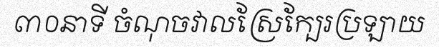
៣០នាទី ចំណុចវាលស្រែក្បែរប្រឡាយ